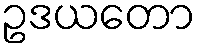
ဥဒယတော